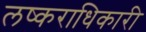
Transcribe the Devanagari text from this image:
लष्कराधिकारी